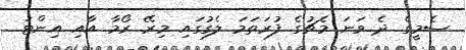
ސެމީގެ ދެ ވަނަ މެޗުގެ ފުރަތަމަ ލެގުގައި މިރޭ ރޯމާ އާއި އިންޓަ